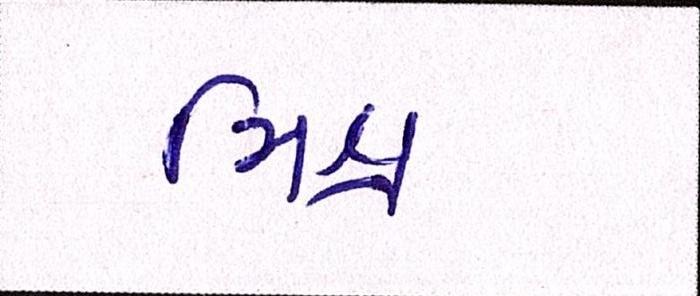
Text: મિશ્ર